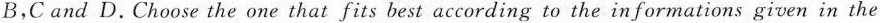
B,C and D.Choose the one that fits best according to the in formations given in the